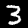
Digit: 3